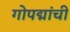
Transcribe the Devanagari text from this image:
गोपद्मांची